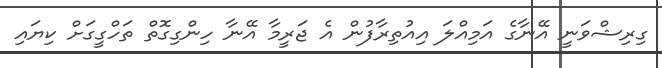
ގިރިޝްވަނީ އޭނާގެ އަމިއްލަ އިއުތިރާފުން އެ ޖަރީމާ އޭނާ ހިންގިގޮތް ތަހްގީގަށް ކިޔައި